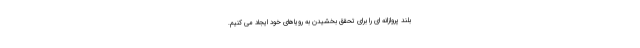
بلند پروازانه ای را برای تحقق بخشیدن به رویاهای خود ایجاد می کنیم.